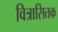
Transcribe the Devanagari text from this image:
वित्रासितक